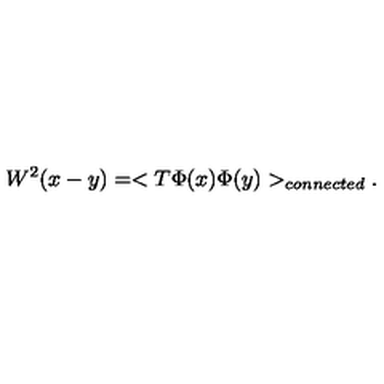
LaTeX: W ^ { 2 } ( x - y ) = < T \Phi ( x ) \Phi ( y ) > _ { c o n n e c t e d } .